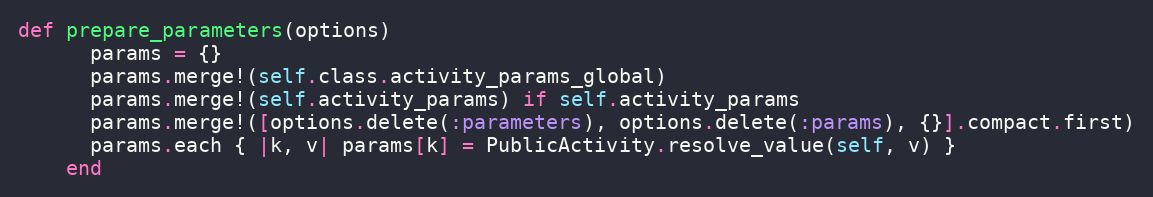
Language: Ruby
def prepare_parameters(options)
      params = {}
      params.merge!(self.class.activity_params_global)
      params.merge!(self.activity_params) if self.activity_params
      params.merge!([options.delete(:parameters), options.delete(:params), {}].compact.first)
      params.each { |k, v| params[k] = PublicActivity.resolve_value(self, v) }
    end